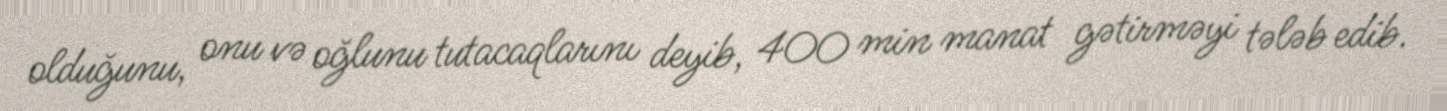
olduğunu, onu və oğlunu tutacaqlarını deyib, 400 min manat gətirməyi tələb edib.